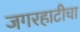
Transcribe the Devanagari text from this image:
जगरहाटीचा